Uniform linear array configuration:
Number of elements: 24
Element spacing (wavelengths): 1
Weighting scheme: hann
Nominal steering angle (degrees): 30
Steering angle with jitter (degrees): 31.782
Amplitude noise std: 0.05
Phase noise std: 0.05

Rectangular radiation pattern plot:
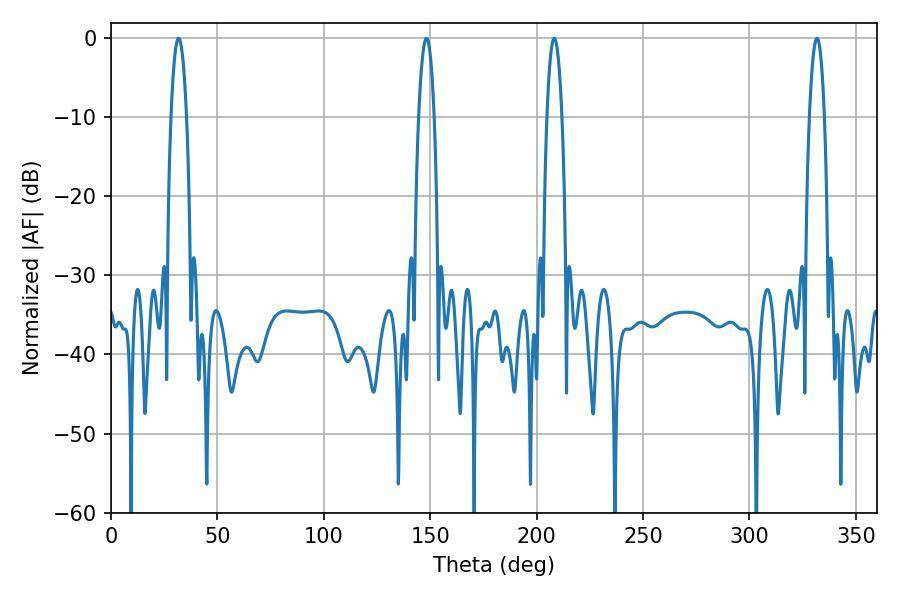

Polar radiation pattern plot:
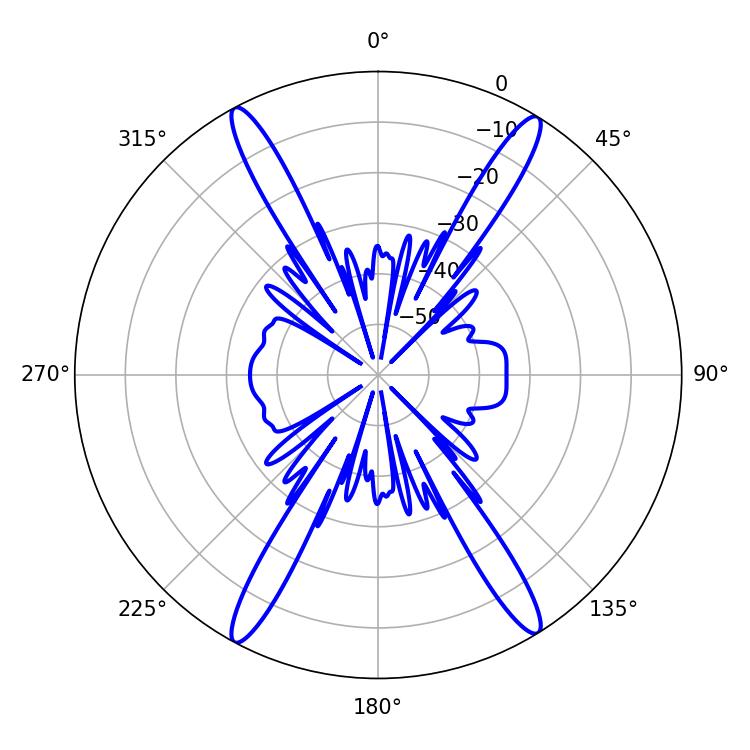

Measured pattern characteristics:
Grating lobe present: TRUE
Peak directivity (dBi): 22.814
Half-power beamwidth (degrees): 3.96
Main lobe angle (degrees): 208.26